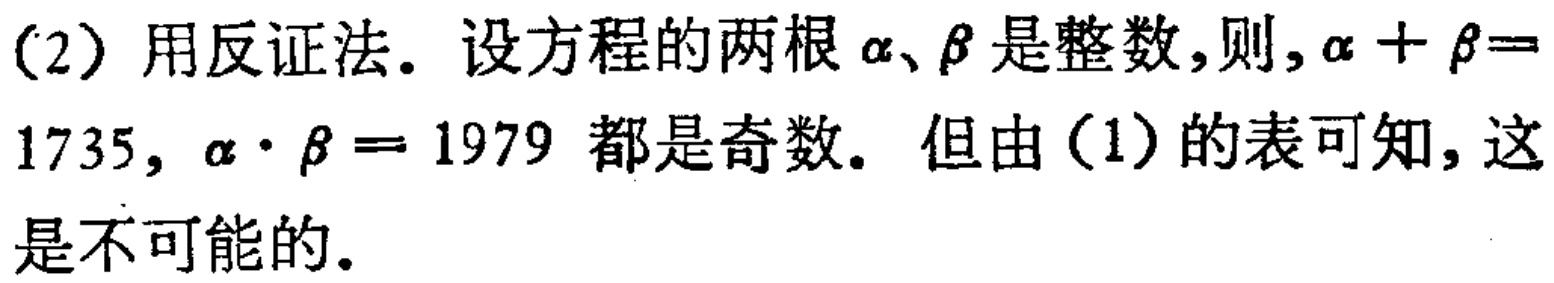
(2) 用反证法. 设方程的两根\(\alpha、\beta\)是整数,则,\(\alpha +\beta = 1735\), \(\alpha\cdot\beta = 1979\) 都是奇数. 但由（1）的表可知, 这是不可能的.